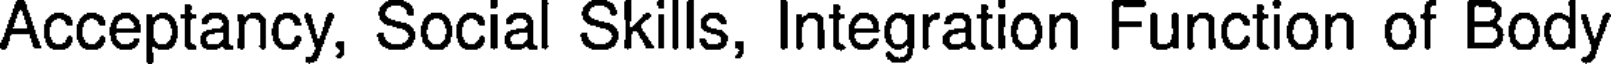
Acceptancy, Social Skills, Integration Function of Body